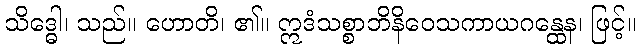
သိဒ္ဓေါ၊ သည်။ ဟောတိ၊ ၏။ ဣဒံသစ္စာဘိနိဝေသကာယဂန္ထေန၊ ဖြင့်။